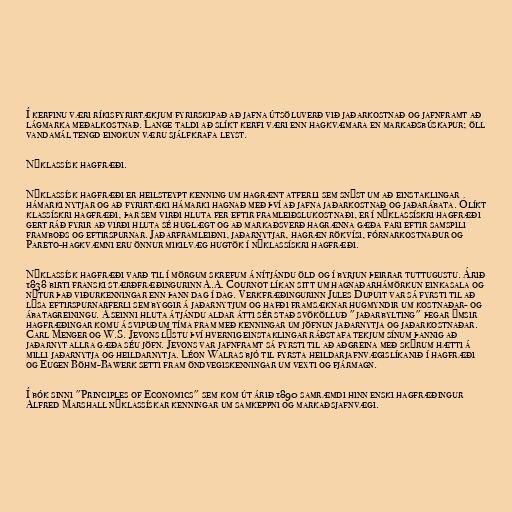
Í kerfinu væri ríkisfyrirtækjum fyrirskipað að jafna útsöluverð við jaðarkostnað og jafnframt að
lágmarka meðalkostnað. Lange taldi að slíkt kerfi væri enn hagkvæmara en markaðsbúskapur; öll
vandamál tengd einokun væru sjálfkrafa leyst.

Nýklassísk hagfræði.

Nýklassísk hagfræði er heilsteypt kenning um hagrænt atferli sem snýst um að einstaklingar
hámarki nytjar og að fyrirtæki hámarki hagnað með því að jafna jaðarkostnað og jaðarábata. Ólíkt
klassískri hagfræði, þar sem virði hluta fer eftir framleiðslukostnaði, er í nýklassískri hagfræði
gert ráð fyrir að virði hluta sé huglægt og að markaðsverð hagrænna gæða fari eftir samspili
framboðs og eftirspurnar. Jaðarframleiðni, jaðarnytjar, hagræn rökvísi, fórnarkostnaður og
Pareto-hagkvæmni eru önnur mikilvæg hugtök í nýklassískri hagfræði.

Nýklassísk hagfræði varð til í mörgum skrefum á nítjándu öld og í byrjun þeirrar tuttugustu. Árið
1838 birti franski stærðfræðingurinn A.A. Cournot líkan sitt um hagnaðarhámörkun einkasala og
nýtur það viðurkenningar enn þann dag í dag. Verkfræðingurinn Jules Dupuit var sá fyrsti til að
lýsa eftirspurnarferli sem byggir á jaðarnytjum og hafði framsæknar hugmyndir um kostnaðar- og
ábatagreiningu. Á seinni hluta átjándu aldar átti sér stað svökölluð "jaðarbylting" þegar ýmsir
hagfræðingar komu á svipuðum tíma fram með kenningar um jöfnun jaðarnytja og jaðarkostnaðar.
Carl Menger og W.S. Jevons lýstu því hvernig einstaklingar ráðstafa tekjum sínum þannig að
jaðarnyt allra gæða séu jöfn. Jevons var jafnframt sá fyrsti til að aðgreina með skýrum hætti á
milli jaðarnytja og heildarnytja. Léon Walras bjó til fyrsta heildarjafnvægislíkanið í hagfræði
og Eugen Böhm-Bawerk setti fram öndvegiskenningar um vexti og fjármagn.

Í bók sinni "Principles of Economics" sem kom út árið 1890 samræmdi hinn enski hagfræðingur
Alfred Marshall nýklassískar kenningar um samkeppni og markaðsjafnvægi.